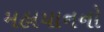
મહાયાનનો